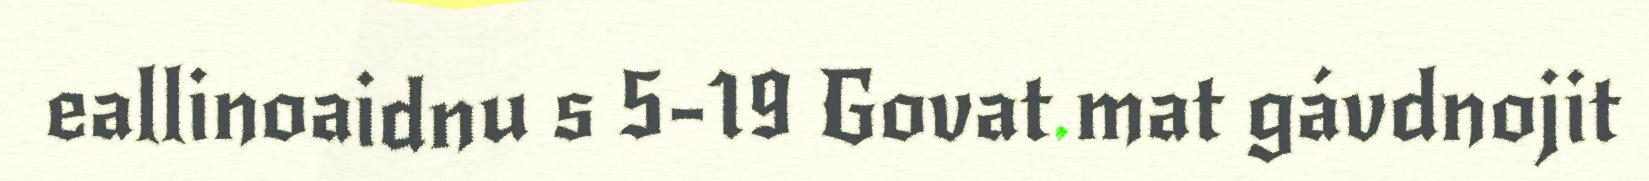
eallinoaidnu s 5-19 Govat mat gávdnojit